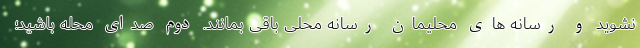
نشوید و رسانه های محلیمان رسانه محلی باقی بمانند. دوم صدای محله باشید؛